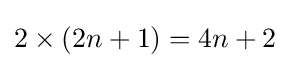
2\times (2n+1)=4n+2